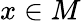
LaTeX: x\in M